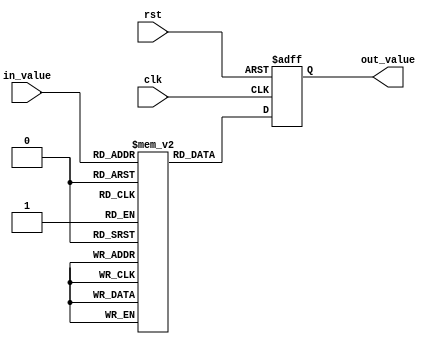
module lut_reciprocal (
    input wire [7:0] in_value,   // 8-bit input value
    output reg [7:0] out_value,   // 8-bit output reciprocal value
    input wire clk,               // Clock signal
    input wire rst                // Reset signal
);

    // Lookup table for reciprocal values (8-bit fixed-point)
    reg [7:0] lut [0:255];

    // Initialize the LUT with precomputed reciprocal values
    initial begin
        lut[0] = 8'hFF; // Reciprocal of 0 is undefined; set to max (or could be handled differently)
        lut[1] = 8'hFF; // Reciprocal of 1 is 1 (0x01)
        lut[2] = 8'h80; // Reciprocal of 2 is 0.5 (0x80)
        lut[3] = 8'h55; // Reciprocal of 3 is ~0.333 (0x55)
        // Add more precomputed values here...
        // For example:
        lut[4] = 8'h40; // Reciprocal of 4 is 0.25 (0x40)
        lut[5] = 8'h33; // Reciprocal of 5 is ~0.2 (0x33)
        // ... Fill in the rest of the LUT
        lut[255] = 8'h00; // Reciprocal of 255 is very small (0x00)
    end

    // Output logic
    always @(posedge clk or posedge rst) begin
        if (rst) begin
            out_value <= 8'h00; // Reset output
        end else begin
            out_value <= lut[in_value]; // Lookup the reciprocal value
        end
    end

endmodule